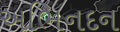
અભિનદન